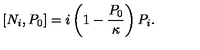
\left[ N _ { i } , P _ { 0 } \right] = i \left( 1 - { \frac { P _ { 0 } } { \kappa } } \right) P _ { i } .